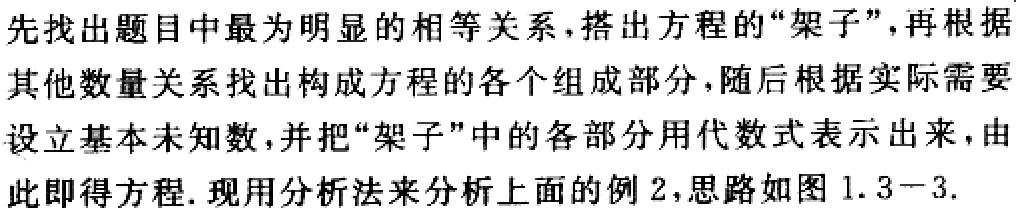
先找出题目中最为明显的相等关系，搭出方程的“架子”，再根据其他数量关系找出构成方程的各个组成部分，随后根据实际需要设立基本未知数，并把“架子”中的各部分用代数式表示出来，由此即得方程. 现用分析法来分析上面的例 2，思路如图 1.3－3.